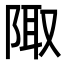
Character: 陬